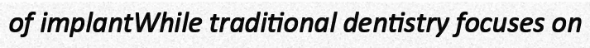
of implantWhile traditional dentistry focuses on